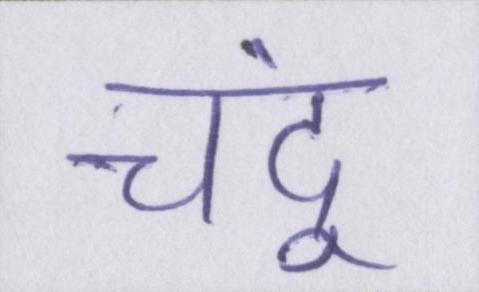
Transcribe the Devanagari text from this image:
चंदू